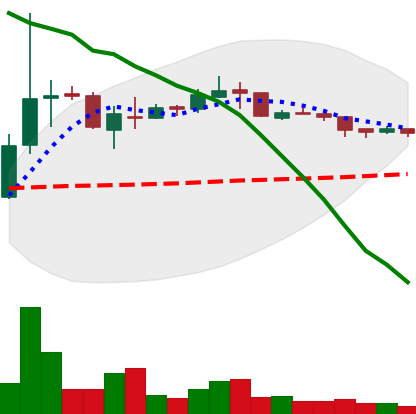
Ticker: XRP-USD
Chart end date: 2018-10-09
Forward return: -15.957%
Label: down_7plus